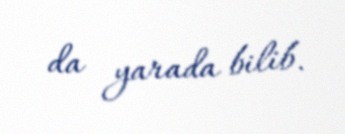
da yarada bilib.